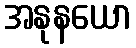
အနုနယော